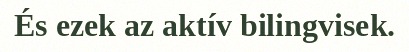
És ezek az aktív bilingvisek.